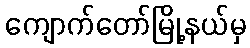
ကျောက်တော်မြို့နယ်မှ